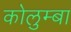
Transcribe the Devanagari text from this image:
कोलुम्बा